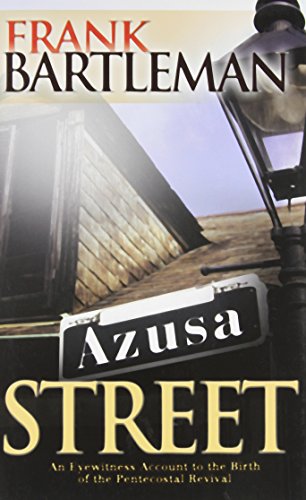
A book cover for Azusa Street; Frank Bartleman; Christian Books & Bibles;